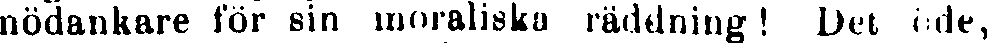
nödankare för sin moraliska räddning! Det öde,